Plague in India, 1896, 1897 - Volume 2
Year: 1896
Disease focus: Plague
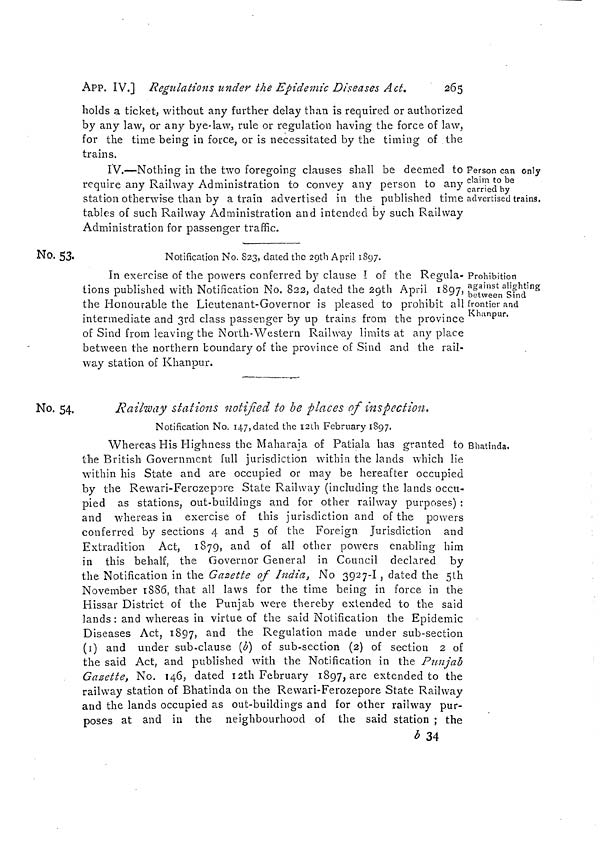
265
APP. IV.] Regulations under the Epidemic Diseases Act.
holds a ticket, without any further delay than is required or authorized
by any law, or any bye-law, rule or regulation having the force of law,
for the time being in force, or is necessitated by the timing of the
trains.
Person can only
claim to be
carried by
advertised trains.
IV.—Nothing in the two foregoing clauses shall be deemed to
require any Railway Administration to convey any person to any
station otherwise than by a train advertised in the published time
tables of such Railway Administration and intended by such Railway
Administration for passenger traffic.
No. 53
Notification No. 823, elated the 29th April 1897.
Prohibition
against alighting
between Sind
frontier and
Khanpur.
In exercise of the powers conferred by clause Í of the Regula-
tions published with Notification No. 822, dated the 29th April 1897,
the Honourable the Lieutenant-Governor is pleased to prohibit all
intermediate and 3rd class passenger by up trains from the province
of Sind from leaving the North-Western Railway limits at any place
between the northern boundary of the province oí Sind and the rail-
way station of Khanpur.
No. 54.
Railway stations notified to be places of inspection,
Notification No. 147, dated the I2th February 1897.
Bhatinda.
Whereas His Highness the Maharaia of Patiala has granted to
the British Government full jurisdiction within the lands which lie
within his State and are occupied or may be hereafter occupied
by the Rewari-Ferczcpore State Railway (including the lands occu-
pied as stations, out-buildings and for other railway purposes) :
and whereas in exercise of this jurisdiction and of the powers
conferred by sections 4 and 5 of the Foreign Jurisdiction and
Extradition Act, 1879, and of all other powers enabling him
in this behalf, the Governor General in Council declared by
the Notification in the Gazette of India, No 3927-1 , dated the 5th
November 1886, that all laws for the time being in force in the
Hissar District of the Punjab were thereby extended to the said
lands : and whereas in virtue of the said Notification the Epidemic
Diseases Act, 1897, and the Regulation made under sub-section
(1) and under sub-clause (b) of sub-section (2) of section 2 of
the said Act, and published with the Notification in the Punjab
Gazette, No. 146, dated 12th February 1897, are extended to the
railway station of Bhatinda on the Rewari-Ferozepore State Railway
and the lands occupied as out-buildings and for other railway pur-
poses at and in the neighbourhood of the said station ; the
b 34